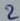
Text: 2